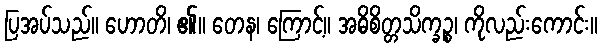
ပြအပ်သည်။ ဟောတိ၊ ၏။ တေန၊ ကြောင့်။ အဓိစိတ္တသိက္ခဉ္စ၊ ကိုလည်းကောင်း။